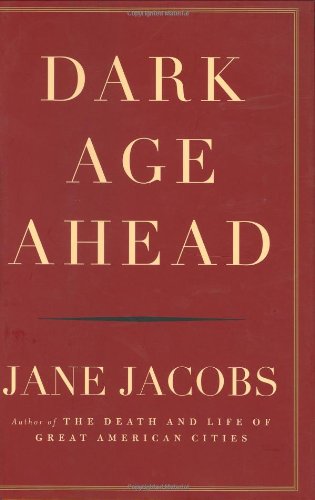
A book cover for Dark Age Ahead; Jane Jacobs; Politics & Social Sciences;